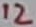
Text: 12